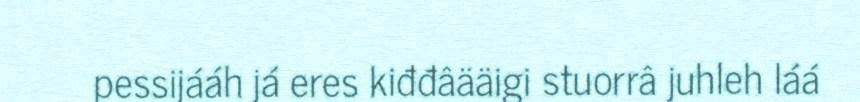
pessijááh já eres kiđđâääigi stuorrâ juhleh láá